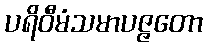
ပရိဝီမံသမာပဇ္ဇတော